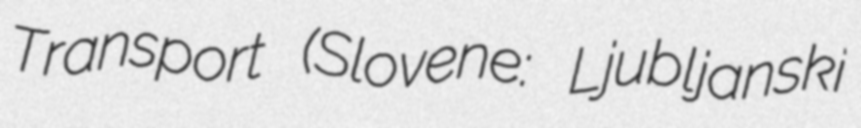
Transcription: Transport (Slovene: Ljubljanski